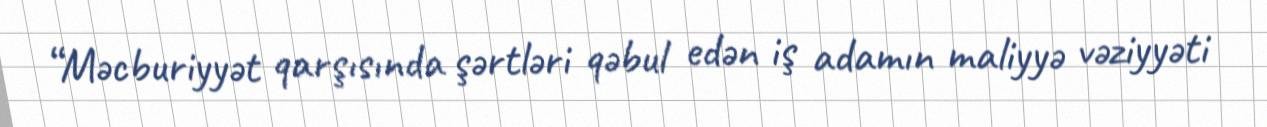
“Məcburiyyət qarşısında şərtləri qəbul edən iş adamın maliyyə vəziyyəti